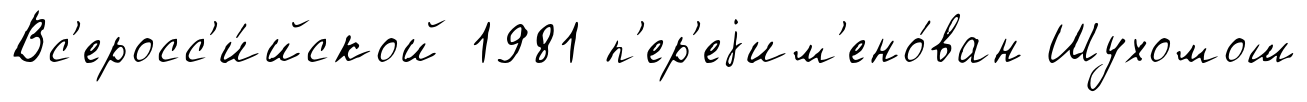
Вс'еросс'и́йской 1981 п'ер'еjим'ено́ван Шухомош